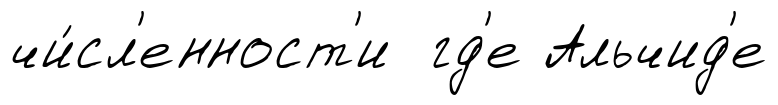
чи́сл'енност'и гд'е Альчид'е